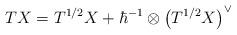
LaTeX: \begin{align*}TX =T^{1/2} X + \hbar^{-1} \otimes \left(T^{1/2} X\right)^\vee \end{align*}